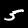
Label: 5